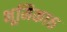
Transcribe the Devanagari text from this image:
भूमिका६